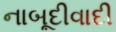
નાબૂદીવાદી